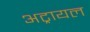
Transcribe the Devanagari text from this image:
अट्रायल